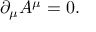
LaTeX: \partial _ { \mu } A ^ { \mu } = 0 .